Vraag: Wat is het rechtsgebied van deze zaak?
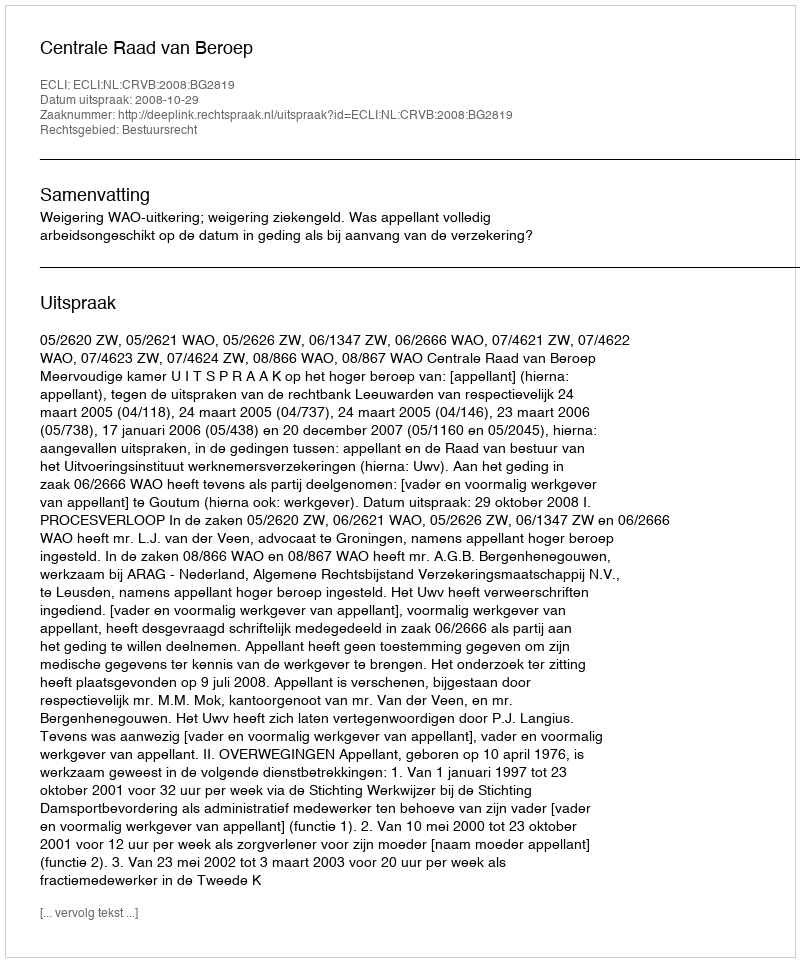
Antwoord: Bestuursrecht